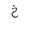
Letter: _kha